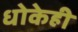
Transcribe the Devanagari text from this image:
धोकेही